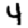
Digit: 4